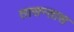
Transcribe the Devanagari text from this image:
तासन्तास